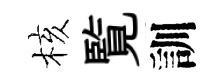
核覧訓